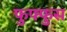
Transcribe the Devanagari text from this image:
फुफ्‍फुस